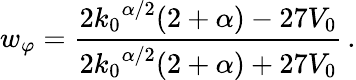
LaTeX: w_{\varphi}=\frac{2{k_{0}}^{\alpha/2}(2+\alpha)-27V_{0}}{2{k_{0}}^{\alpha/2}(2+\alpha)+27V_{0}}\, .